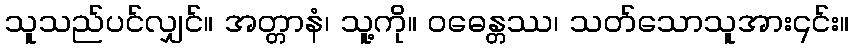
သူသည်ပင်လျှင်။ အတ္တာနံ၊ သူ့ကို။ ဝဓေန္တဿ၊ သတ်သောသူအား၎င်း။